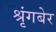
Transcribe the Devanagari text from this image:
श्रृंगबेर